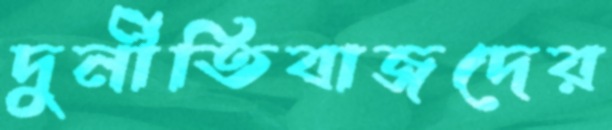
দুর্নীতিবাজদের